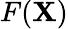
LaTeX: F(\mathbf{X})